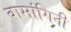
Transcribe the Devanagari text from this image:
वामांगिनी